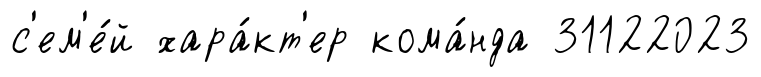
с'ем'е́й хара́кт'ер кома́нда 31122023